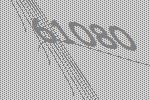
61080